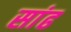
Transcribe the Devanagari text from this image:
सांढ